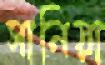
সানিয়া